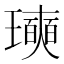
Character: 𪼩